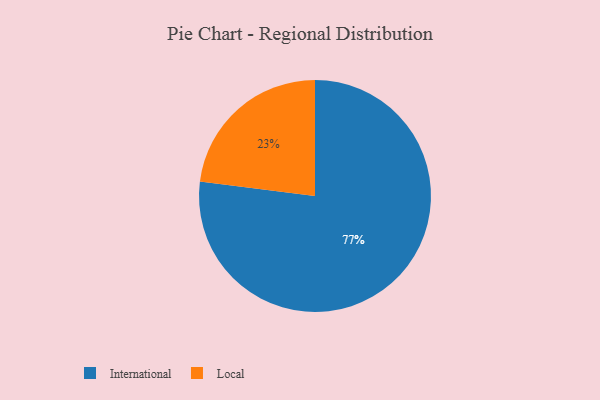
{"axis": {"x": "Category", "y": "Percentage"}, "legend": ["International", "Local"], "data": [{"x": "Local", "y": 23, "type": "Local"}, {"x": "International", "y": 77, "type": "International"}]}